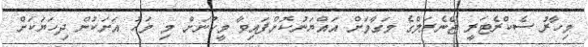
މިހާރު ސެކްރެޓަރީ ޖެނެރަލްގެ މަގާމަށް އައްޔަނުކޮށްފައިވާ މީހުނަށް މި މަހު އަށަކުން ދިހަޔަކަށް